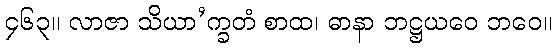
၄၆၃။ လာဇာ သိယာ’က္ခတံ စာထ၊ ဓာနာ ဘဋ္ဌယဝေ ဘဝေ။